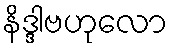
နိဒ္ဒါဗဟုလော